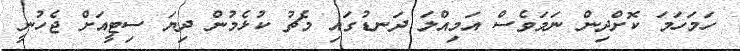
ހަމަހަމަ ކޮށްދިން ނަމަވެސް އަމިއްލަ ދަނޑުގައި މެޗު ކުޅެމުން ދިޔަ ސިޓީއަށް ޖެހުނީ